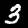
Digit: 3